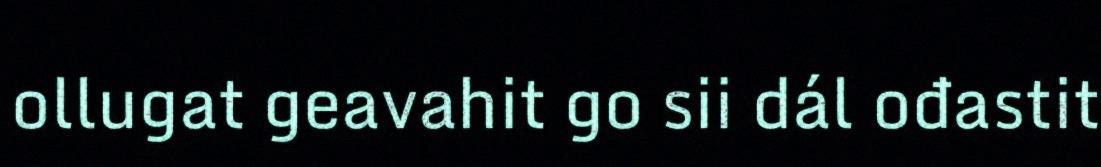
ollugat geavahit go sii dál ođastit